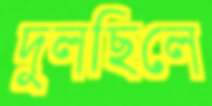
দুলছিলে